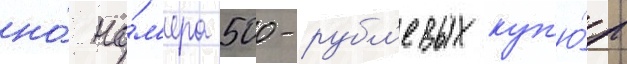
но́ но́м'ера 500-рубл'евых куп'ю́р